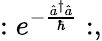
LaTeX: :e^{-\frac{{\hat{a}}^{\dagger}\hat{a}}{\hbar}}:,